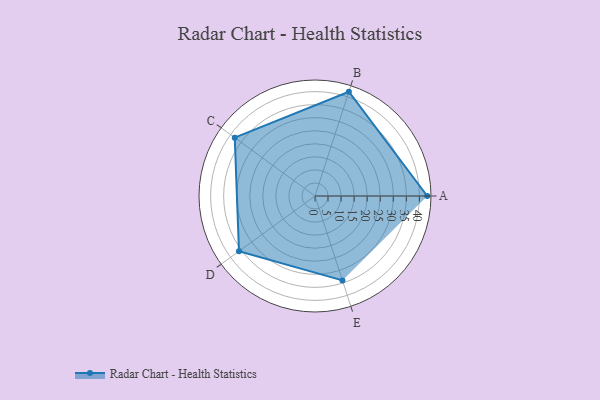
{"axis": {"x": "Skill", "y": "Score"}, "legend": ["Profile"], "data": [{"x": "A", "y": 43.0, "type": "Profile"}, {"x": "B", "y": 42.0, "type": "Profile"}, {"x": "C", "y": 38.0, "type": "Profile"}, {"x": "D", "y": 36.0, "type": "Profile"}, {"x": "E", "y": 34.0, "type": "Profile"}]}